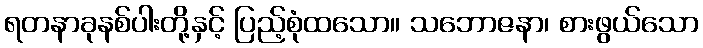
ရတနာခုနစ်ပါးတို့နှင့် ပြည့်စုံထသော။ သဘောဇနာ၊ စားဖွယ်သော